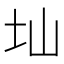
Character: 圸